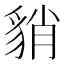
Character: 𧳍